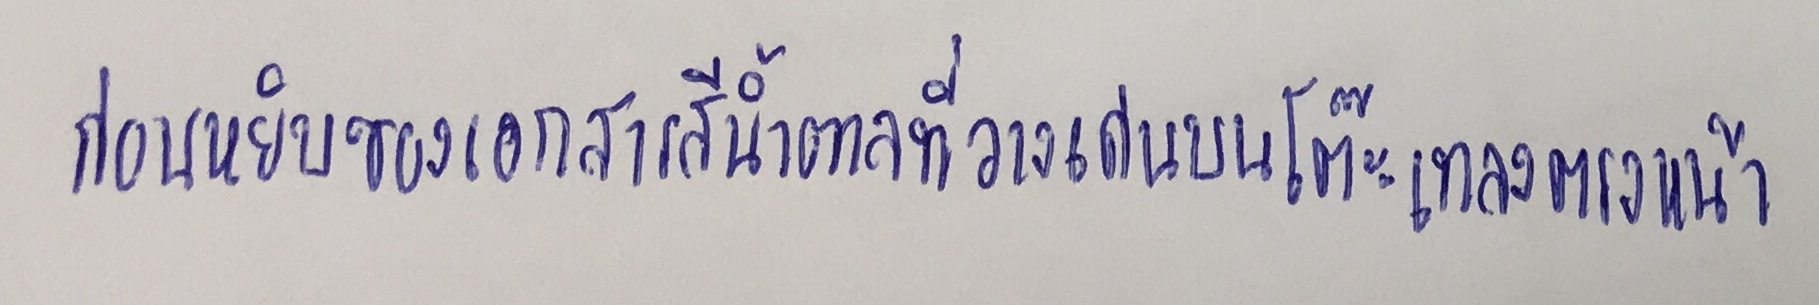
ก่อนหยิบซองเอกสารสีน้ำตาลที่วางเด่นบนโต๊ะเทลงตรงหน้า